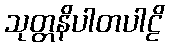
သုတ္တနိပါတပါဠိ